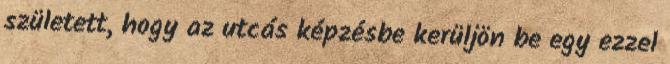
született, hogy az utcás képzésbe kerüljön be egy ezzel